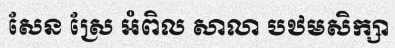
សែន ស្រែ អំពិល សាលា បឋមសិក្សា